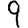
Digit: 9